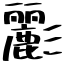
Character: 彲